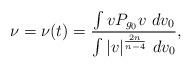
LaTeX: \begin{align*} \nu = \nu(t) = \displaystyle \frac{ \int v P_{g_0} v\ dv_0 }{\int |v|^{\frac{2n}{n-4}}\ dv_0},\end{align*}